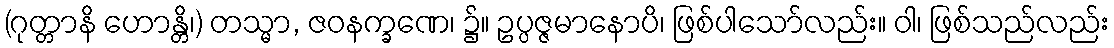
(ဂုတ္တာနိ ဟောန္တိ၊) တသ္မာ, ဇဝနက္ခဏေ၊ ၌။ ဥပ္ပဇ္ဇမာနောပိ၊ ဖြစ်ပါသော်လည်း။ ဝါ၊ ဖြစ်သည်လည်း